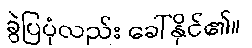
ခွဲပြပုံလည်း ခေါ်နိုင်၏။